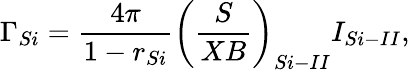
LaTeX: \Gamma_{Si}=\frac{4\pi}{1-r_{Si}}\left(\frac{S}{XB}\right)_{Si-II}I_{Si-II},